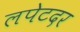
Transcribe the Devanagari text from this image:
लपेटदर